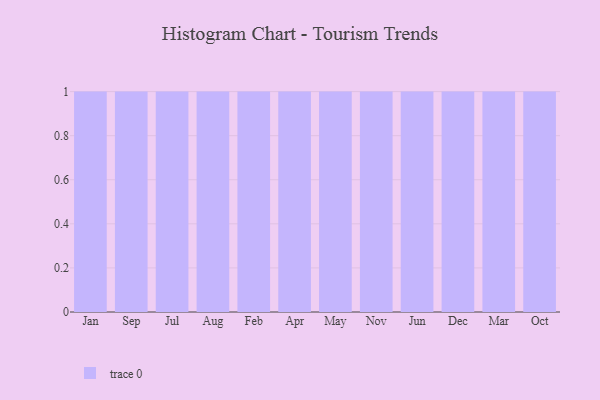
{"axis": {"x": "Month", "y": "Revenue (USD Million)"}, "legend": [""], "data": [{"x": "Jan", "y": 44, "type": ""}, {"x": "Sep", "y": 41, "type": ""}, {"x": "Jul", "y": 25, "type": ""}, {"x": "Aug", "y": 73, "type": ""}, {"x": "Feb", "y": 32, "type": ""}, {"x": "Apr", "y": 19, "type": ""}, {"x": "May", "y": 11, "type": ""}, {"x": "Nov", "y": 43, "type": ""}, {"x": "Jun", "y": 18, "type": ""}, {"x": "Dec", "y": 82, "type": ""}, {"x": "Mar", "y": 43, "type": ""}, {"x": "Oct", "y": 98, "type": ""}]}